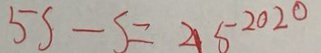
5 s - s = 2 1 5 ^ { 2 0 2 0 }